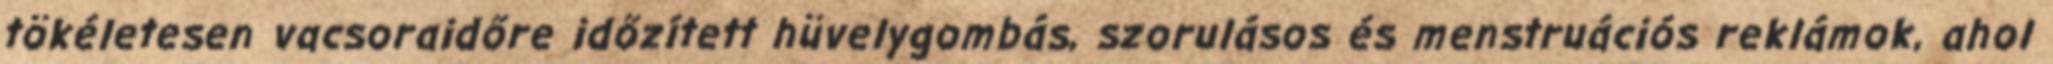
tökéletesen vacsoraidőre időzített hüvelygombás, szorulásos és menstruációs reklámok, ahol